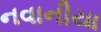
નવાનીયા